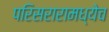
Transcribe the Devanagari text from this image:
परिसरारामध्येच